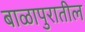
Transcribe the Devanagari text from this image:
बाळापुरातील